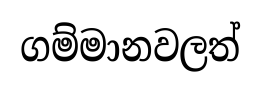
ගම්මානවලත්